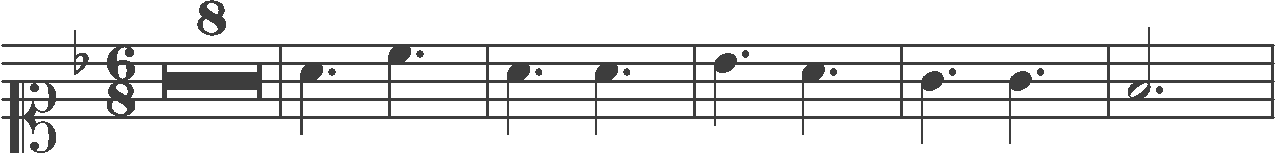
Transcription: clef-C1 keySignature-FM timeSignature-6/8 multirest-8 barline note-A4_quarter. note-C5_quarter. barline note-A4_quarter. note-A4_quarter. barline note-Bb4_quarter. note-A4_quarter. barline note-G4_quarter. note-G4_quarter. barline note-F4_half. barline